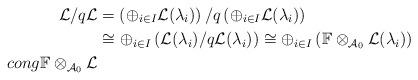
LaTeX: \begin{align*}\mathcal L/q\mathcal L&=\left(\oplus_{i\in I}\mathcal L(\lambda_i)\right)/q\left(\oplus_{i\in I}\mathcal L(\lambda_i)\right) \\&\cong \oplus_{i\in I}\left(\mathcal L(\lambda_i)/q\mathcal L(\lambda_i)\right) \cong \oplus_{i\in I}\left(\mathbb F\otimes_{\mathcal A_0} \mathcal L(\lambda_i)\right)\\cong \mathbb F\otimes_{\mathcal A_0} \mathcal L\end{align*}